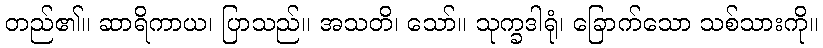
တည်၏။ ဆာရိကာယ၊ ပြာသည်။ အသတိ၊ သော်။ သုက္ခဒါရုံ၊ ခြောက်သော သစ်သားကို။